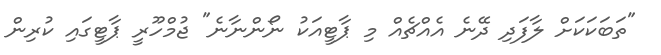
"ތަބަކަކަށް ލާފަދި ދޭނެ އެއްޗެއް މި ޕާޓީއަކު ނޯންނާނެ" ޖުމްހޫރީ ޕާޓީގައި ކުރިން